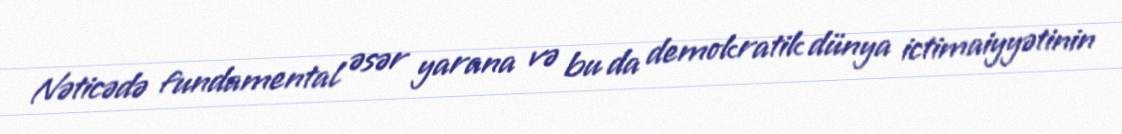
Nəticədə fundamental əsər yarana və bu da demokratik dünya ictimaiyyətinin